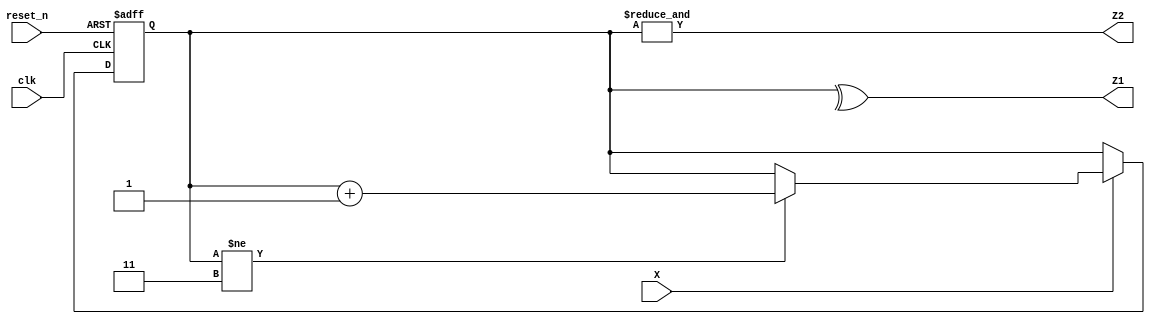
`timescale 1ns/1ns
module FSM2 (
    input   wire    reset_n,
                    X,
                    clk,
    output  wire    Z1,
                    Z2
);

    // Method2: Count
    reg [1 : 0] cnt;

    always @(posedge clk, negedge reset_n) begin
        if(!reset_n) begin
            cnt <= 0;
        end
        else 
            if(X) begin
                if(cnt != 2'b11)
                    cnt <= cnt + 1'b1;
            end
    end

    assign Z1 = ^ cnt;
    assign Z2 = & cnt;

endmodule